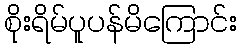
စိုးရိမ်ပူပန်မိကြောင်း